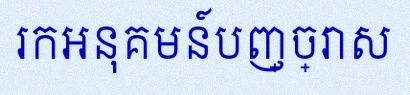
រកអនុគមន៍បញ្ច្រាស